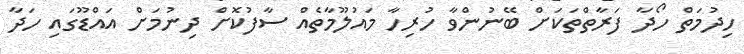
ހިދުމަތް ހޯދާ ފަރާތްތަކަށް ބޭނުންވާ ހުރިހާ މައުލޫމާތެއް ސާފުކޮށް ދިނުމަށް އައްޑޫގައި ހަދާ